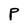
Character: P